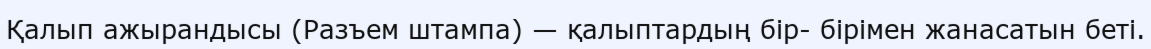
Қалып ажырандысы (Разъем штампа) — қалыптардың бір- бірімен жанасатын беті.